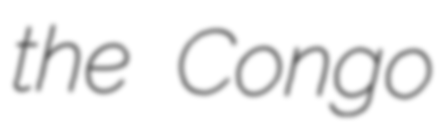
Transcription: the Congo